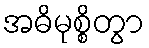
အဓိမုစ္စိတွာ